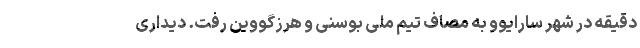
دقیقه در شهر سارایوو به مصاف تیم ملی بوسنی و هرزگووین رفت. دیداری